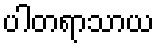
ပါတရာသာယ